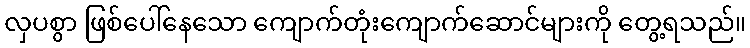
လှပစွာ ဖြစ်ပေါ်နေသော ကျောက်တုံးကျောက်ဆောင်များကို တွေ့ရသည်။